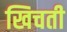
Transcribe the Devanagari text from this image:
खिचती